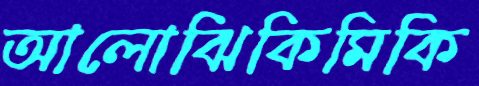
আলোঝিকিমিকি